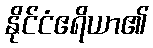
နိုင်ငံဧရိယာ၏